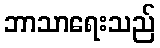
ဘာသာရေးသည်